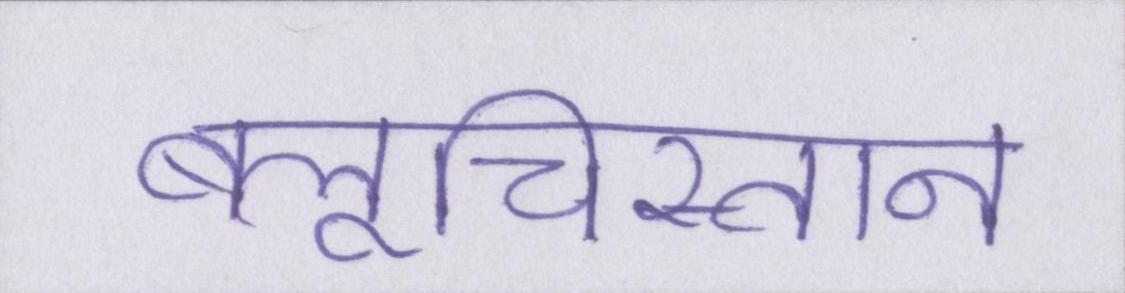
बलूचिस्तान